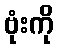
ဗုံးကို